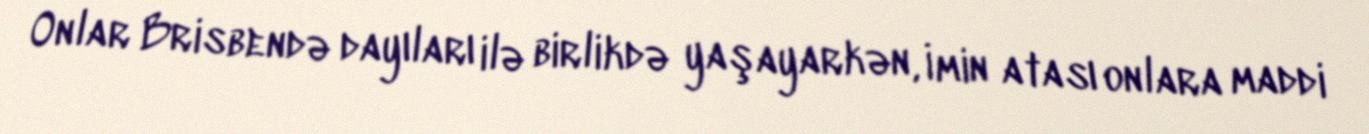
Onlar Brisbendə dayıları ilə birlikdə yaşayarkən, İmin atası onlara maddi